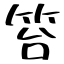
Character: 笞